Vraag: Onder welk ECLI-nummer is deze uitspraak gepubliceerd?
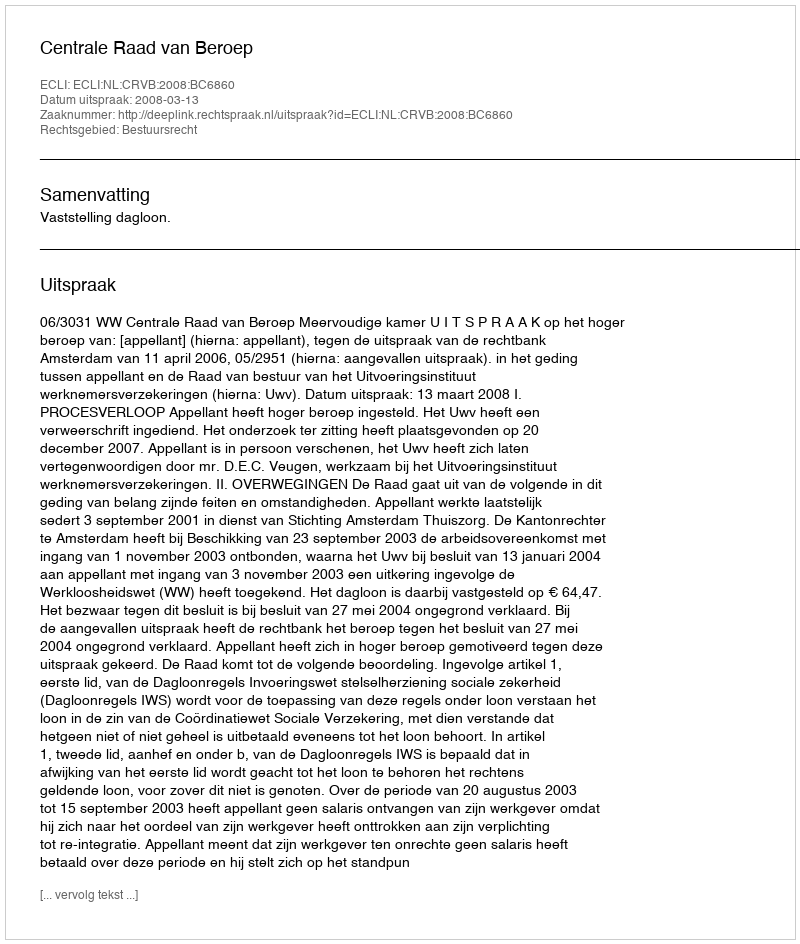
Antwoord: ECLI:NL:CRVB:2008:BC6860